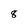
Character: 8